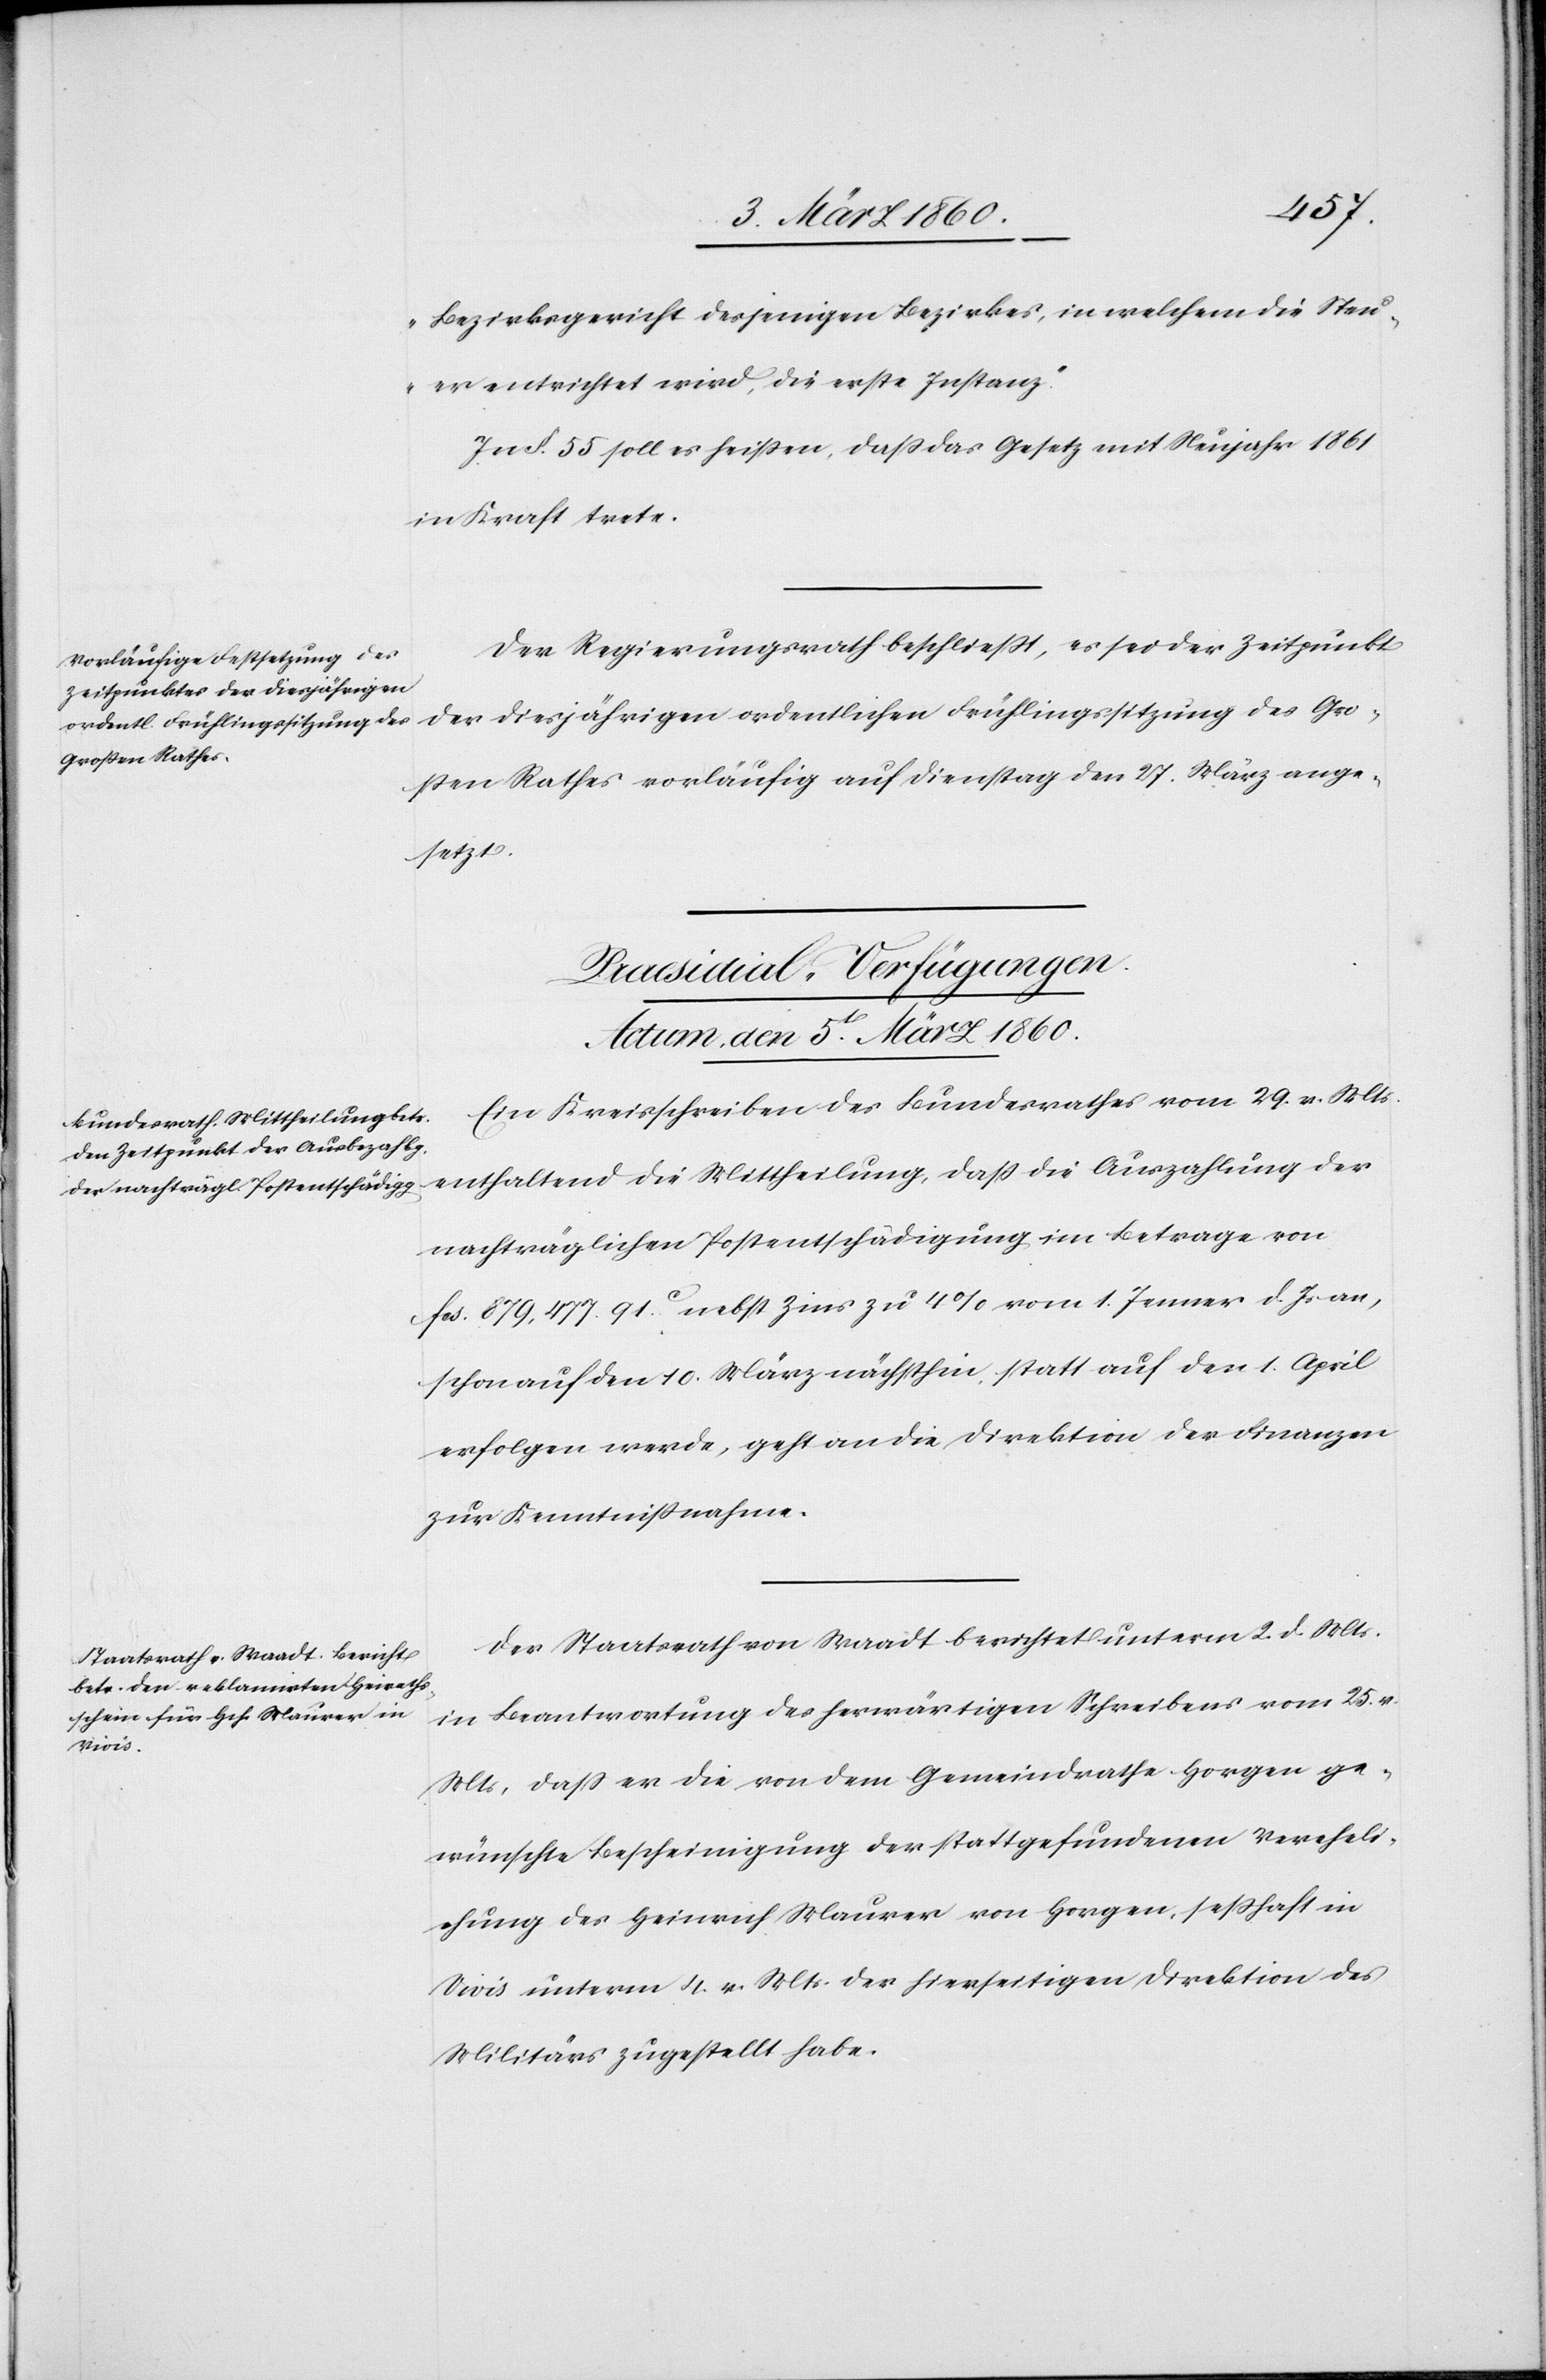
Bezirksgerichte desjenigen Bezirkes, in welchem die Steu¬
er entrichtet wird, die erste Instanz.“
In §. 55. soll es heissen, dass das Gesetz mit Neujahr 1861
in Kraft trete.
Der Regierungsrath beschliesst, es sei der Zeitpunkt
der diesjährigen ordentlichen Frühlingssitzung des Gros¬
sen Rathes vorläufig auf Dienstag den 27. März ange¬
setzt.
[Praesidial-Verfügungen.
Actum, den 5t[en] März 1860.]
Ein Kreisschreiben des Bundesrathes vom 29. v. Mts.
enthaltend die Mittheilung, dass die Auszahlung der
nachträglichen Postentschädigung im Betrage von
fcs. 879,477 91C nebst Zins zu 4% vom 1. Jenner d. Js. an,
schon auf den 10. März nächsthin statt auf den 1. April
erfolgen werde, geht an die Direktion der Finanzen
zur Kenntnißnahme.
Der Staatsrath von Waadt berichtet unterm 2. d. Mts.
in Beantwortung des herwärtigen Schreibens vom 25. v.
Mts, dass er die von dem Gemeindrathe Horgen ge¬
wünschte Bescheinigung der statt gefundenen Vereheli¬
chung des Heinrich Maurer von Horgen, seßhaft in
Vivis unterm 4. v. Mts. der hierseitigen Direktion des
Militärs zugestellt habe.